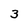
Character: 3